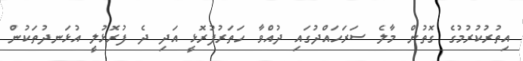
އިތުރުކުރުމުގެ ގޮތުން މާލެ ސަރަހައްދުގައި ދުއްވާ ހަތަރުފުރޮޅީ އަދި ދެ ފުރޮޅުލީ އުޅަނދުތަކުން